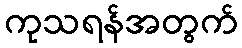
ကုသရန်အတွက်